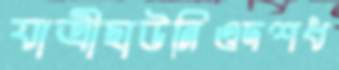
যাত্রীছাউনিওদশধ